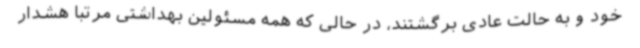
خود و به حالت عادی برگشتند، در حالی که همه مسئولین بهداشتی مرتبا هشدار